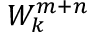
W _ { k } ^ { m + n }